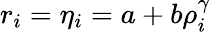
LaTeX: r_{i}=\eta_{i}=a+b\rho_{i}^{\gamma}